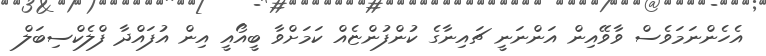
އެހެންނަމަވެސް ވާވޭއިން އަންނަނީ ޗައިނާގެ ކުންފުންޏެއް ކަމަށްވާ ބީއޯއީ އިން އުފައްދާ ފްލެކްސިބަލް